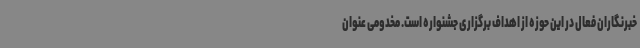
خبرنگاران فعال در این حوزه از اهداف برگزاری جشنواره است. مخدومی عنوان